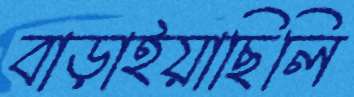
বাড়াইয়াছিলি